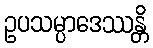
ဥပသမ္ပာဒေဿန္တိ